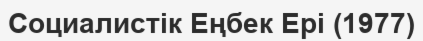
Социалистік Еңбек Ері (1977)